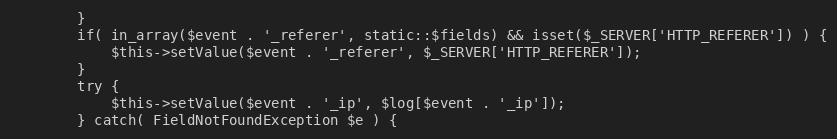
Language: PHP
		}
		if( in_array($event . '_referer', static::$fields) && isset($_SERVER['HTTP_REFERER']) ) {
			$this->setValue($event . '_referer', $_SERVER['HTTP_REFERER']);
		}
		try {
			$this->setValue($event . '_ip', $log[$event . '_ip']);
		} catch( FieldNotFoundException $e ) {